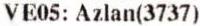
VE05: AZLAN(3737)